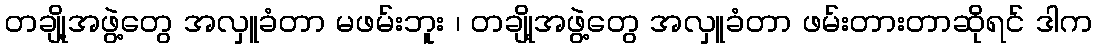
တချို့အဖွဲ့တွေ အလှူခံတာ မဖမ်းဘူး ၊ တချို့အဖွဲ့တွေ အလှူခံတာ ဖမ်းတားတာဆိုရင် ဒါက